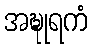
အဍ္ဎုရကံ